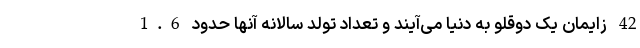
42 زایمان یک دوقلو به دنیا می‌آیند و تعداد تولد سالانه آنها حدود 1.6